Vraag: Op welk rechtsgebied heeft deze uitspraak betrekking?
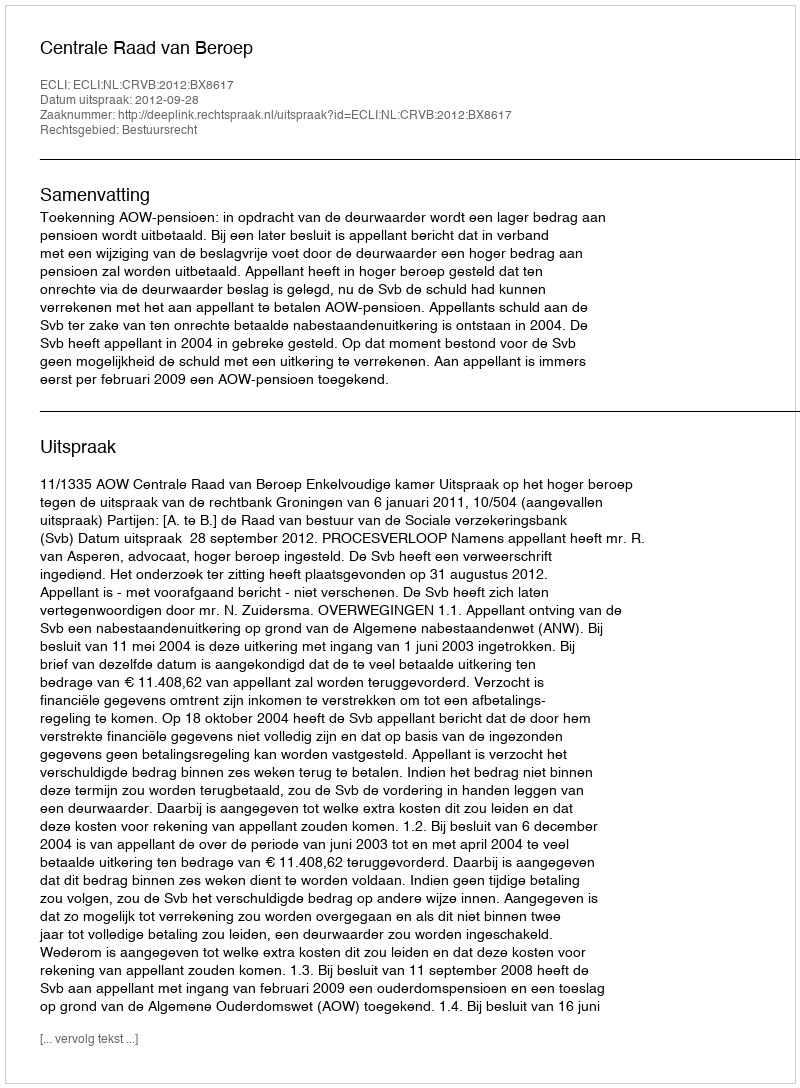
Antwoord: Bestuursrecht